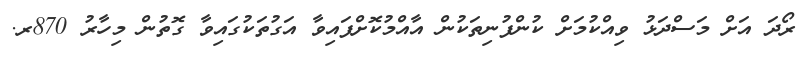
ރޯދަ އަށް މަސްދަޅު ވިއްކުމަށް ކުންފުނިތަކުން އާއްމުކޮށްފައިވާ އަގުތަކުގައިވާ ގޮތުން މިހާރު 870ރ.